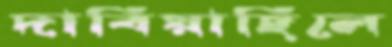
দাবিয়াছিলে